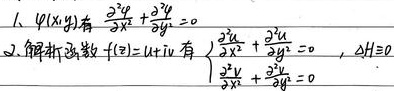
1. \(\varphi(x,y)\) 满足 \(\frac{\partial^{2}\varphi}{\partial x^{2}}+\frac{\partial^{2}\varphi}{\partial y^{2}} = 0\)。
2. 解析函数 \(f(z)=u + iv\) 满足 \(\begin{cases}\frac{\partial^{2}u}{\partial x^{2}}+\frac{\partial^{2}u}{\partial y^{2}}=0\\\frac{\partial^{2}v}{\partial x^{2}}+\frac{\partial^{2}v}{\partial y^{2}}=0\end{cases}\) ，且 \(H = 0\) （此处 \(H\) 含义不明，按原图呈现） 。